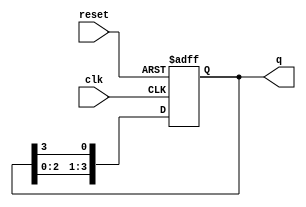
module ring_counter (
    input wire clk,        // Clock input
    input wire reset,      // Active high reset signal
    output reg [3:0] q     // 4-bit output representing the current state
);

    // Initial state of the ring counter
    initial begin
        q = 4'b1000; // Initialize to '1000'
    end

    always @(posedge clk or posedge reset) begin
        if (reset) begin
            q <= 4'b1000; // Reset to initial state
        end else begin
            // Shift the '1' around the ring
            q <= {q[2:0], q[3]}; // Shift left and feed last bit to the first
        end
    end

endmodule